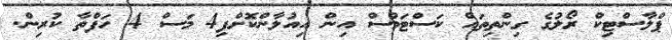
ޕްލާސްޓިކް ރޯލުގެ ގިންތިތައް ކަސްޓަމްސް އިން އިއުލާންކޮށްފި4 މަސް 4 ހަފްތާ ކުރިން.